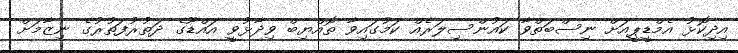
އިދިކޮޅު އެމްޑީޕީއަށް ނިސްބަތްވާ ކައުންސިލަރެއް ކަމުގައިވާ ތޮއްޔިބް ވިދާޅުވީ އައްޑޫގެ ދަތުރުފަތުރުގެ ނިޒާމަށް